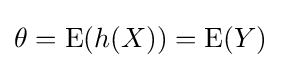
\theta =\mathrm {E} (h(X))=\mathrm {E} (Y)